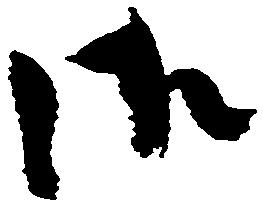
御